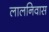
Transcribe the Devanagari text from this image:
लालनिवास